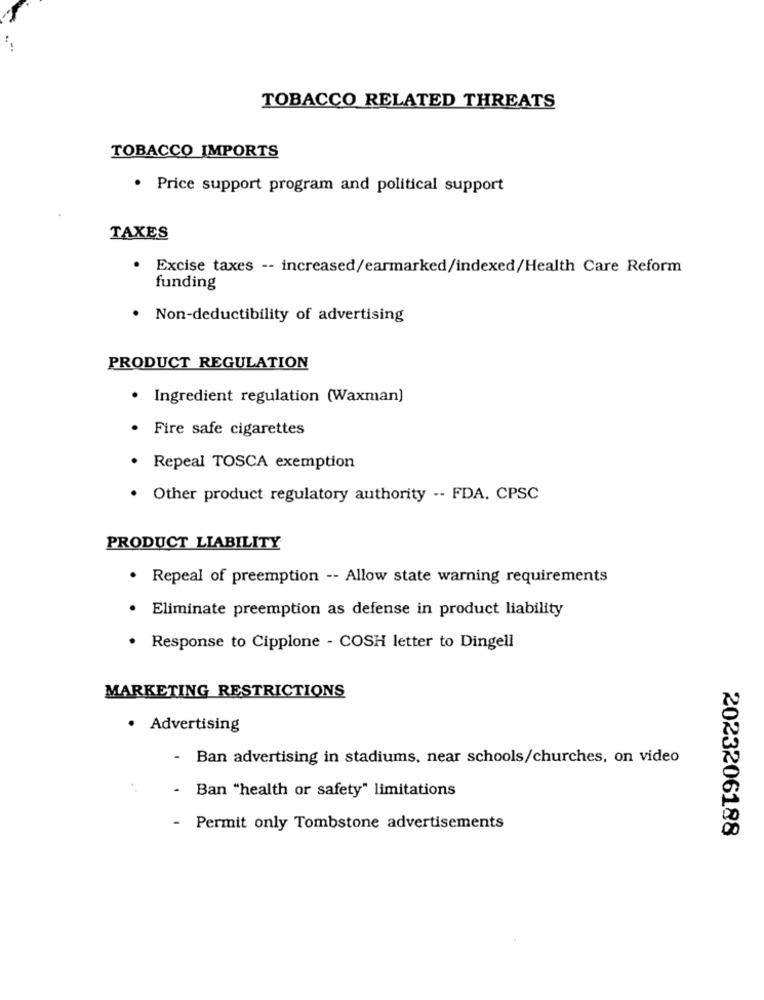
TOBACCO RELATED THREATS
TOBACCO IMPORTS
· Price support program and political support
TAXES
Excise taxes -- increased/earmarked/indexed/Health Care Reform
funding
.
Non-deductibility of advertising
PRODUCT REGULATION
· Ingredient regulation (Waxman)
· Fire safe cigarettes
· Repeal TOSCA exemption
. Other product regulatory authority -- FDA. CPSC
PRODUCT LIABILITY
· Repeal of preemption -- Allow state warning requirements
· Eliminate preemption as defense in product liability
· Response to Cipplone - COSH letter to Dingell
MARKETING RESTRICTIONS
· Advertising
- Ban advertising in stadiums, near schools/churches, on video
.
Ban "health or safety" limitations
- Permit only Tombstone advertisements
2023206188